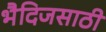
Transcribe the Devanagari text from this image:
भैदिजसाठी